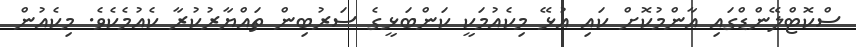
ސްކޮޓްލޭންޑްގައި އާންމުކޮށް ކައި އުޅޭ މިކެއުމަކީ ކަންބަޅީގެ ސަރުބިން ތައްޔާރުކުރާ ކެއުމެކެވެ. މިކެއުން